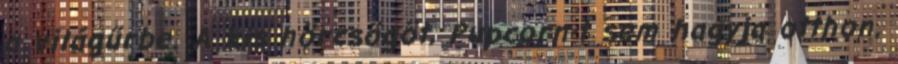
a világűrbe. A kis hörcsögöt, Pupcorn-t sem hagyja otthon,